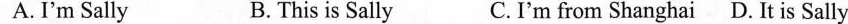
A. I'm Sally B. This is Sally C.I'm from Shanghai D. It is Sally